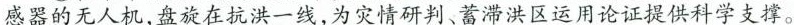
感器的无人机，盘旋在抗洪一线，为灾情研判、蓄滞洪区运用论证提供科学支撑。